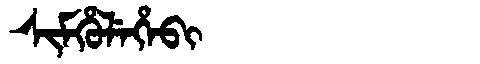
Manchu: ᠰᡳᠮᡥᡠᠯᡝᡥᡝᠪᡳ
Romanization: SIMHULEHEBI